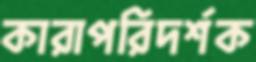
কারাপরিদর্শক